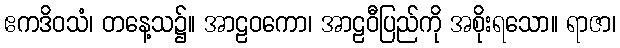
ဧကဒိဝသံ၊ တနေ့သ၌။ အာဠဝကော၊ အာဠဝီပြည်ကို အစိုးရသော။ ရာဇာ၊